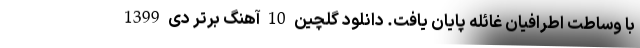
با وساطت اطرافیان غائله پایان یافت. دانلود گلچین 10 آهنگ برتر دی 1399